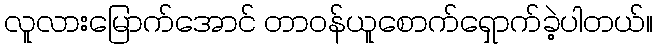
လူလားမြောက်အောင် တာဝန်ယူစောက်ရှောက်ခဲ့ပါတယ်။